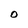
Character: 0